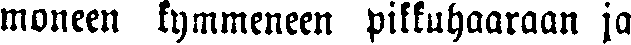
moneen kymmeneen pikkuhaaraan ja